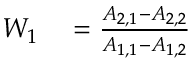
\begin{array} { r l } { W _ { 1 } } & { { } = \frac { A _ { 2 , 1 } - A _ { 2 , 2 } } { A _ { 1 , 1 } - A _ { 1 , 2 } } } \end{array}